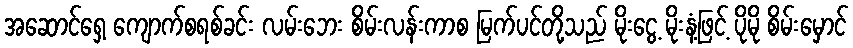
အဆောင်ရှေ့ ကျောက်စရစ်ခင်း လမ်းဘေး စိမ်းလန်းကာစ မြက်ပင်တို့သည် မိုးငွေ့ မိုးနံ့ဖြင့် ပိုမို စိမ်းမှောင်